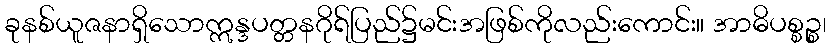
ခုနစ်ယူဇနာရှိသောဣန္ဒပတ္တနဂိုရ်ပြည်၌မင်းအဖြစ်ကိုလည်းကောင်း။ အာဓိပစ္စဉ္စ၊